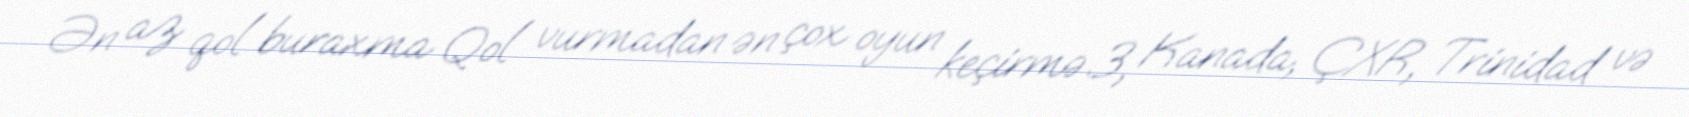
Ən az qol buraxma Qol vurmadan ən çox oyun keçirmə 3, Kanada, ÇXR, Trinidad və